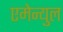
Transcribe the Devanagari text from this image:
एमेन्युल